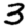
Digit: 3